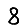
Digit: 8